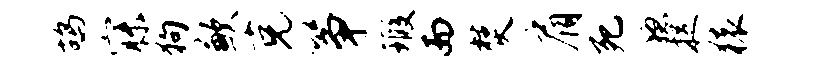
鸪寐狗歉克筝瑕而焚肩死稳捉猿